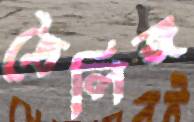
ত্রৈলিঙ্গ